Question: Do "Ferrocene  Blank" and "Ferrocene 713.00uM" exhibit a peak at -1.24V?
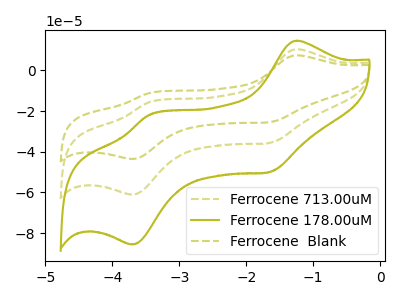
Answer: <think>The olive dashed curve "Ferrocene 713.00uM" has anodic peaks at (-1.25V, 10.45uA) (-3.45V, -15.65uA) and cathodic peaks at (-1.65V, -35.65uA) (-3.70V, -61.10uA). The olive curve "Ferrocene 178.00uM" has anodic peaks at (-1.25V, 14.65uA) (-3.45V, -21.95uA) and cathodic peaks at (-1.65V, -49.95uA) (-3.70V, -85.65uA). The olive dashed curve "Ferrocene  Blank" has anodic peaks at (-1.25V, 20.90uA) (-3.45V, -31.30uA) and cathodic peaks at (-1.65V, -71.25uA) (-3.70V, -122.20uA).</think>
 <answer>Yes, "Ferrocene  Blank" and "Ferrocene 713.00uM" share a peak at -1.24V.</answer>
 <eval>match</eval>